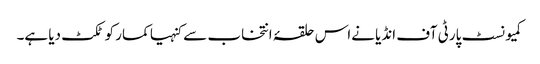
کمیونسٹ پارٹی آف انڈیا نےاس حلقۂ انتخاب سے کنہیا کمار کو ٹکٹ دیا ہے۔